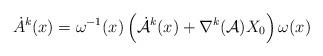
LaTeX: \begin{align*}\dot{A}^{k}(x) = \omega^{-1}(x)\left ( {\dot {\cal A}}^{k}(x) + \nabla^{k}({\cal A})X_{0} \right ) \omega(x)\end{align*}